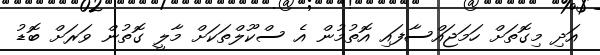
އަދި މިގޮތަށް ހަމަޖައްސާފައި އޮތުމުން އެ ސްކޫލްތަކަށް މާލީ ގޮތުން ވަރަށް ބޮޑު